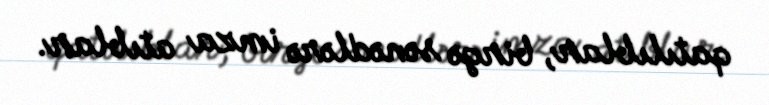
qatılıblar, birgə sənədlərə imza atıblar.